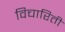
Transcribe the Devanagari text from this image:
विचारिती